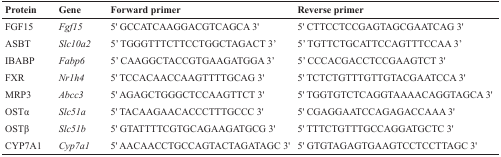
<table><thead><tr><td><b>Protein</b></td><td><b>Gene</b></td><td><b>Forward primer</b></td><td><b>Reverse primer</b></td></tr></thead><tbody><tr><td>FGF15</td><td><i>Fgf15</i></td><td>5&#x27; GCCATCAAGGACGTCAGCA 3&#x27;</td><td>5&#x27; CTTCCTCCGAGTAGCGAATCAG 3&#x27;</td></tr><tr><td>ASBT</td><td><i>Slc10a2</i></td><td>5’ TGGGTTTCTTCCTGGCTAGACT 3’</td><td>5’ TGTTCTGCATTCCAGTTTCCAA 3’</td></tr><tr><td>IBABP</td><td><i>Fabp6</i></td><td>5’ CAAGGCTACCGTGAAGATGGA 3’</td><td>5’ CCCACGACCTCCGAAGTCT 3&#x27;</td></tr><tr><td>FXR</td><td><i>Nr1h4</i></td><td>5&#x27; TCCACAACCAAGTTTTGCAG 3&#x27;</td><td>5&#x27; TCTCTGTTTGTTGTACGAATCCA 3&#x27;</td></tr><tr><td>MRP3</td><td><i>Abcc3</i></td><td>5&#x27; AGAGCTGGGCTCCAAGTTCT 3&#x27;</td><td>5&#x27; TGGTGTCTCAGGTAAAACAGGTAGCA 3&#x27;</td></tr><tr><td>OSTα</td><td><i>Slc51a</i></td><td>5&#x27; TACAAGAACACCCTTTGCCC 3&#x27;</td><td>5&#x27; CGAGGAATCCAGAGACCAAA 3&#x27;</td></tr><tr><td>OSTβ</td><td><i>Slc51b</i></td><td>5&#x27; GTATTTTCGTGCAGAAGATGCG 3&#x27;</td><td>5&#x27; TTTCTGTTTGCCAGGATGCTC 3&#x27;</td></tr><tr><td>CYP7A1</td><td><i>Cyp7a1</i></td><td>5&#x27; AACAACCTGCCAGTACTAGATAGC 3&#x27;</td><td>5&#x27; GTGTAGAGTGAAGTCCTCCTTAGC 3&#x27;</td></tr></tbody></table>